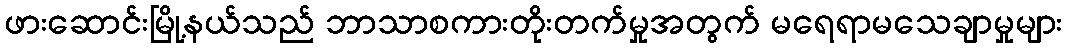
ဖားဆောင်းမြို့နယ်သည် ဘာသာစကားတိုးတက်မှုအတွက် မရေရာမသေချာမှုများ